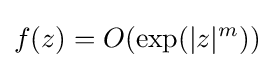
f(z)=O(\exp(|z|^{m}))